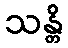
သန္တိ